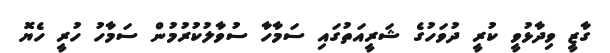
ގާޒީ ވިދާޅުވީ ކުރީ ދުވަހުގެ ޝަރީއަތުގައި ސަމާހާ ސުވާލުކުރުމުން ސަމާހު ހުރީ ހެޔޮ